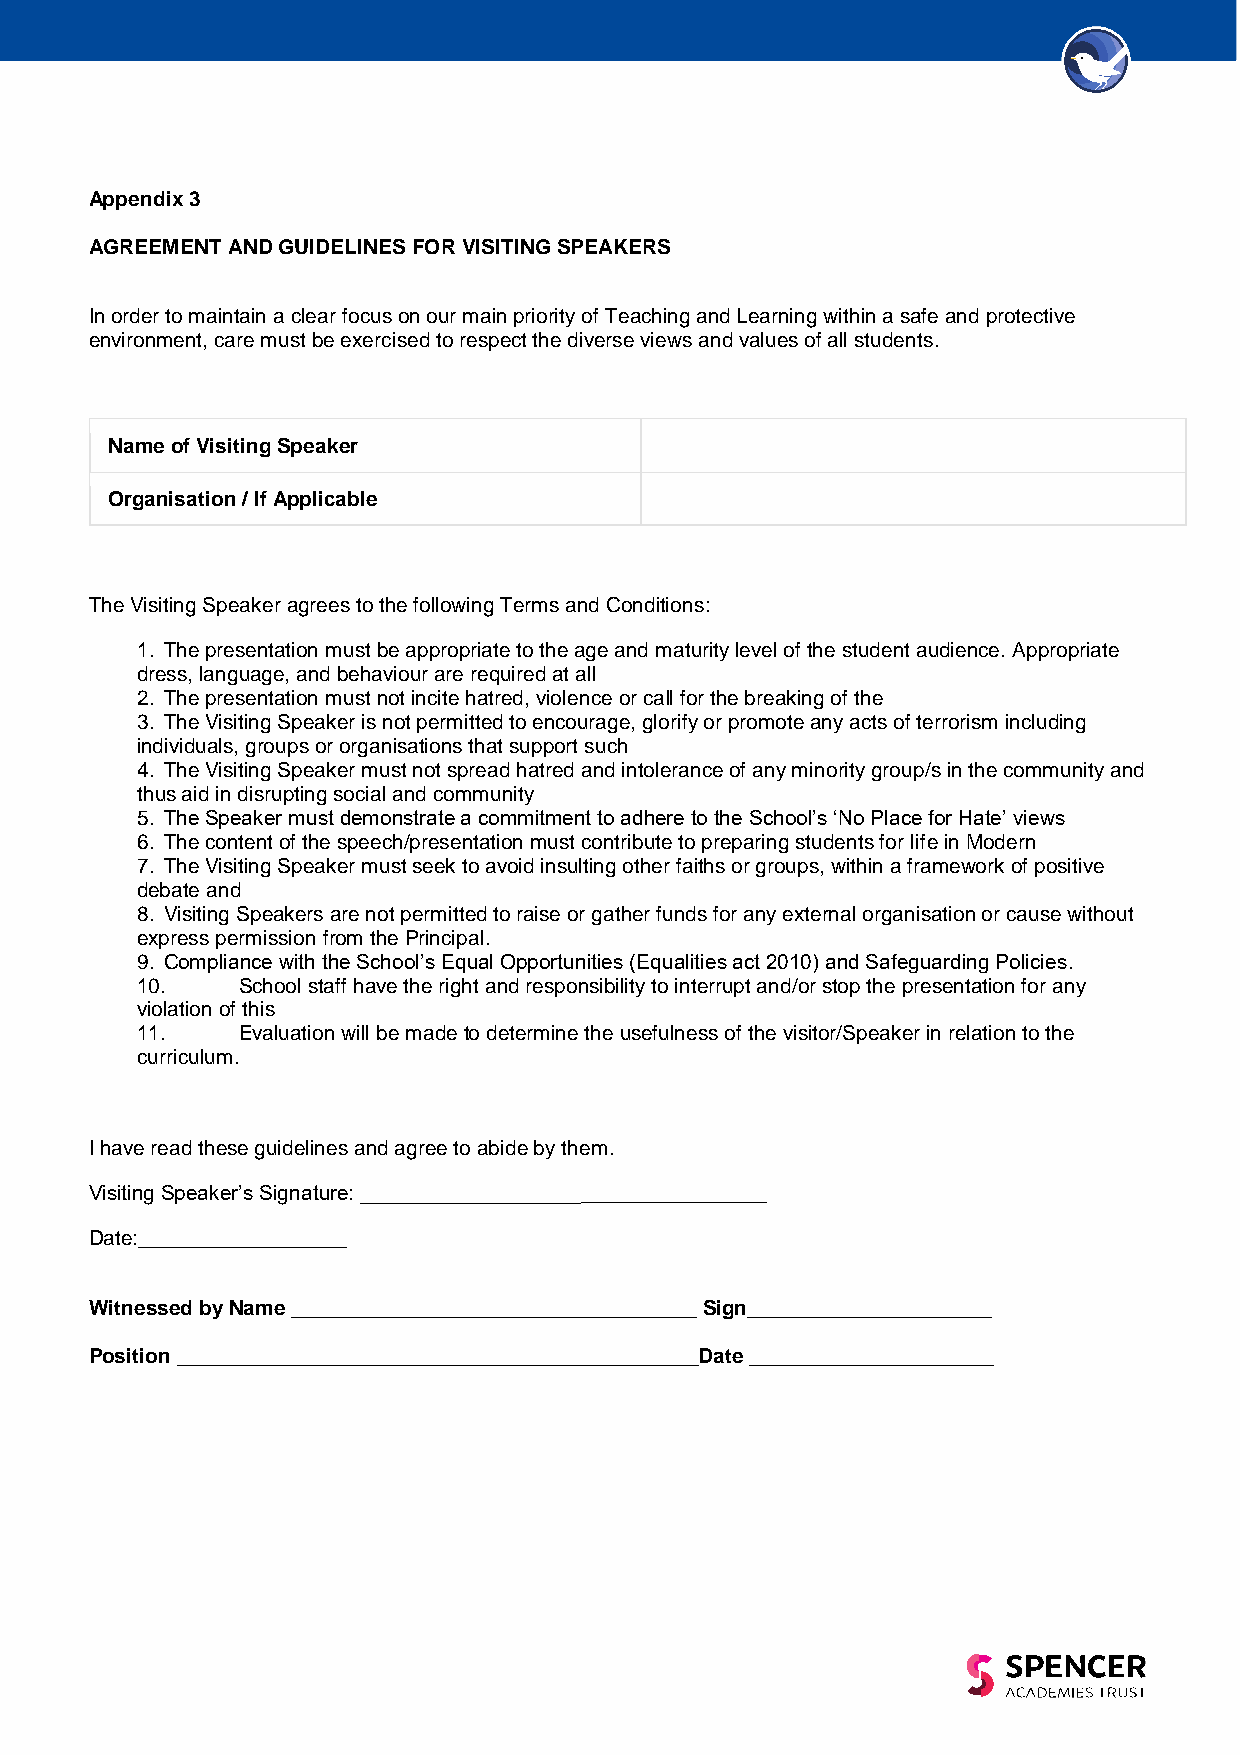
Appendix 3
 AGREEMENT AND GUIDELINES FOR VISITING SPEAKERS
 In order to maintain a clear focus on our main priority of Teaching and Learning within a safe and protective
 environment, care must be exercised to respect the diverse views and values of all students.
 Name of Visiting Speaker
 Organisation / If Applicable
 The Visiting Speaker agrees to the following Terms and Conditions:
 1. The presentation must be appropriate to the age and maturity level of the student audience. Appropriate
 dress, language, and behaviour are required at all
 2. The presentation must not incite hatred, violence or call for the breaking of the
 3. The Visiting Speaker is not permitted to encourage, glorify or promote any acts of terrorism including
 individuals, groups or organisations that support such
 4. The Visiting Speaker must not spread hatred and intolerance of any minority group/s in the community and
 thus aid in disrupting social and community
 5. The Speaker must demonstrate a commitment to adhere to the School’s ‘No Place for Hate’ views
 6. The content of the speech/presentation must contribute to preparing students for life in Modern
 7. The Visiting Speaker must seek to avoid insulting other faiths or groups, within a framework of positive
 debate and
 8. Visiting Speakers are not permitted to raise or gather funds for any external organisation or cause without
 express permission from the Principal.
 9. Compliance with the School’s Equal Opportunities (Equalities act 2010) and Safeguarding Policies.
 10.    School staff have the right and responsibility to interrupt and/or stop the presentation for any
 violation of this
 11.    Evaluation will be made to determine the usefulness of the visitor/Speaker in relation to the
 curriculum.
 I have read these guidelines and agree to abide by them.
 Visiting Speaker’s Signature: ___________________________________
 Date:__________________
 Witnessed by Name ___________________________________ Sign_____________________
 Position _____________________________________________Date _____________________